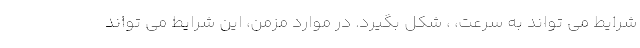
شرایط می تواند به سرعت، ، شکل بگیرد. در موارد مزمن، این شرایط می تواند